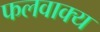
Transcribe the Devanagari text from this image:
फलवाक्य